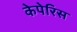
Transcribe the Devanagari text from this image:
केपेरिस